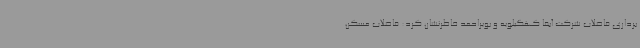
برداری فاضلاب شرکت آبفا کهگیلویه و بویراحمد خاطرنشان کرد: فاضلاب مسکن